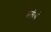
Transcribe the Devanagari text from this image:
त्रतीयं